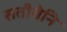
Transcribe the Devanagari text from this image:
सतीचेनि